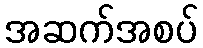
အဆက်အစပ်